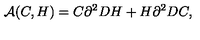
{ \cal A } ( C , H ) = C \partial ^ { 2 } D H + H \partial ^ { 2 } D C ,